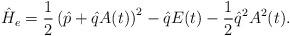
LaTeX: \begin{align*}\hat{H}_e=\frac{1}{2}\left(\hat{p}+\hat{q}A(t)\right)^2-\hat{q}E(t)-\frac{1}{2}\hat{q}^2A^2(t).\end{align*}